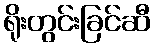
ရိုးတွင်းခြင်ဆီ